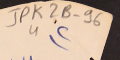
JPK2B-96			4		٢)